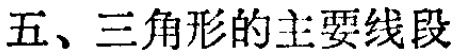
五、三角形的主要线段